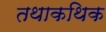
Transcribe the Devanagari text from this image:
तथाकथिक